Civil Veterinary Department. Madras. Admin. report 1926-33 - 1926-1933
Year: 1926
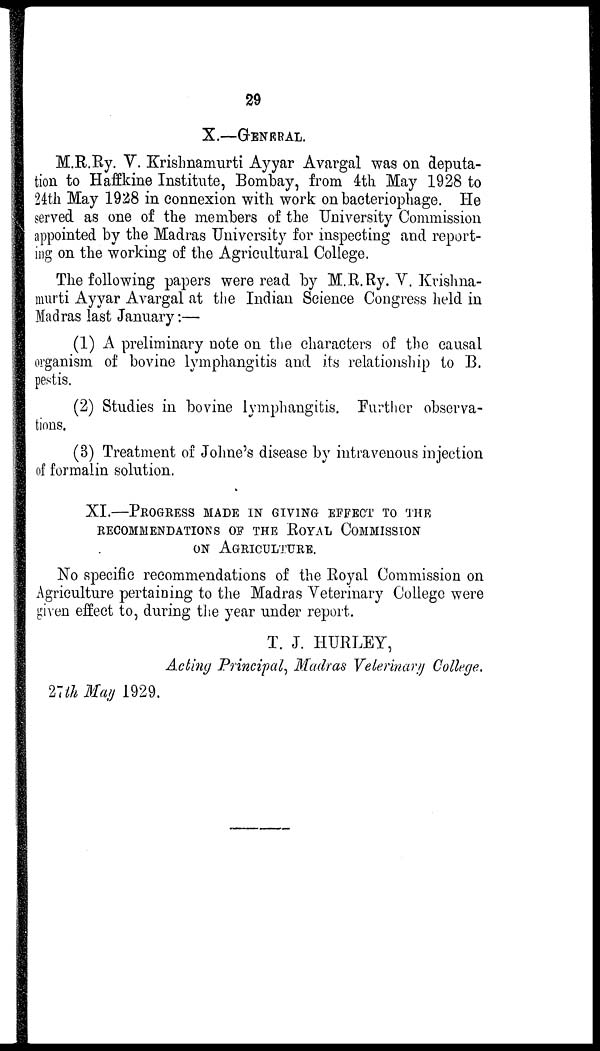
29
X.—GENERAL.
M.R.Ry. V. Krishnamurti Ayyar Avargal was on deputa-
tion to Haffkine Institute, Bombay, from 4th May 1928 to
24th May 1928 in connexion with work on bacteriophage. He
served as one of the members of the University Commission
appointed by the Madras University for inspecting and report-
ing on the working of the Agricultural College.
The following papers were read by M.R.Ry. V. Krishna-
murti Ayyar Avargal at the Indian Science Congress held in
Madras last January:—
(1) A preliminary note on the characters of the causal
organism of bovine lymphangitis and its relationship to B.
pestis.
(2) Studies in bovine lymphangitis. Further observa-
tions.
(3) Treatment of Johne's disease by intravenous injection
of formalin solution.
XI.—PROGRESS MADE IN GIVING EFFECT TO THE
RECOMMENDATIONS OF THE ROYAL COMMISSION
ON AGRICULTURE.
No specific recommendations of the Royal Commission on
Agriculture pertaining to the Madras Veterinary College were
given effect to, during the year under report.
T. J. HURLEY,
Acting Principal, Madras Veterinary College.
27th May 1929.